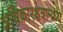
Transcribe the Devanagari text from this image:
अधिकारक्षेत्रामध्ये